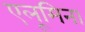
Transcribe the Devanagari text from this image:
एलूमिना